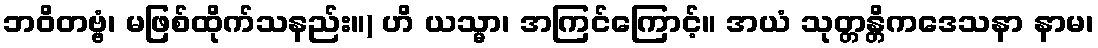
ဘဝိတဗ္ဗံ၊ မဖြစ်ထိုက်သနည်း။) ဟိ ယသ္မာ၊ အကြင်ကြောင့်။ အယံ သုတ္တန္တိကဒေသနာ နာမ၊